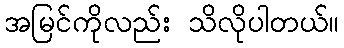
အမြင်ကိုလည်း သိလိုပါတယ်။